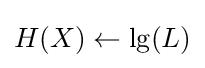
H(X)\gets \lg(L)